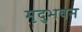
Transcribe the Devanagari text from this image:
मृदुभवन